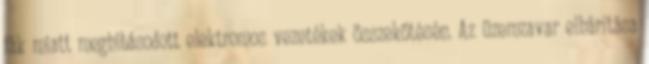
fák miatt meghibásodott elektromos vezetékek összekötésén. Az üzemzavar elhárítása